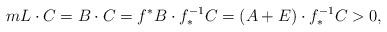
LaTeX: \begin{align*} m L \cdot C = B \cdot C = f^*B \cdot f_*^{-1}C = (A + E) \cdot f_*^{-1}C > 0,\end{align*}